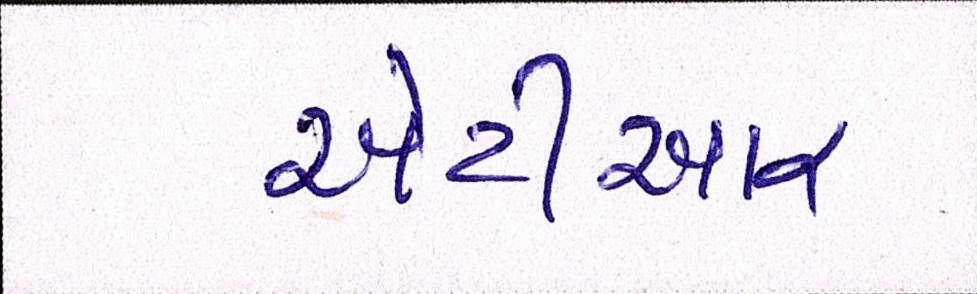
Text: એટીઆર